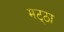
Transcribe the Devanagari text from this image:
मट्‌ठा